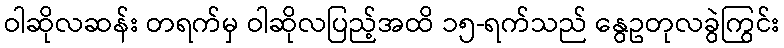
ဝါဆိုလဆန်း တရက်မှ ဝါဆိုလပြည့်အထိ ၁၅-ရက်သည် နွေဥတုလခွဲကြွင်း